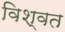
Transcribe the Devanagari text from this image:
विश्‍वत